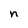
Character: n